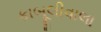
કાબૂલીવાલા